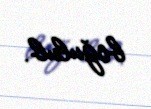
boğulub.